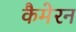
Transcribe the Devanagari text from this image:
कैमेरन